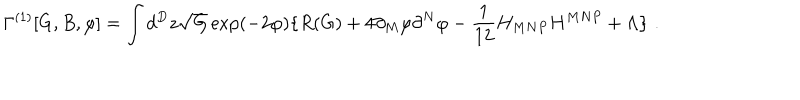
\Gamma ^ { ( 1 ) } [ G , B , \varphi ] = \int d ^ { D } z \sqrt { G } \exp ( - 2 \varphi ) \{ R ( G ) + 4 \partial _ { M } \varphi \partial ^ { N } \varphi - \frac { 1 } { 1 2 } H _ { M N P } H ^ { M N P } + \Lambda \} \, \, .